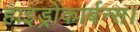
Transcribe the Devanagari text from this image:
हाइड्रोकार्बन्स।